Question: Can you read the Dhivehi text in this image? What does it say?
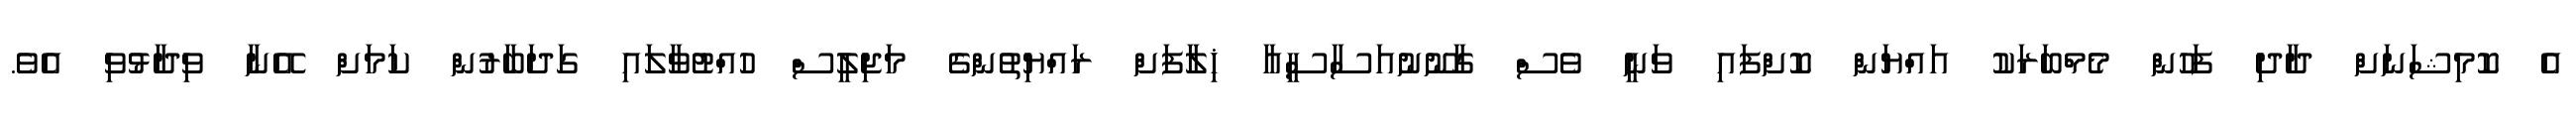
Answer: އެ ކޮމިޝަނަށް ދާދި ފަހުން މެމްބަރަކު އައްޔަން ކޮށްފައި ވަނީ ވެސް ގާނޫނުއަސާސީއާ ޚިލާފަށް ރައްޔިތުންގެ މަޖިލީސް ހުއްޓުވާލައި ގަދަބާރުން ކަމަށް އޭނާ ވިދާޅުވި އެވެ.